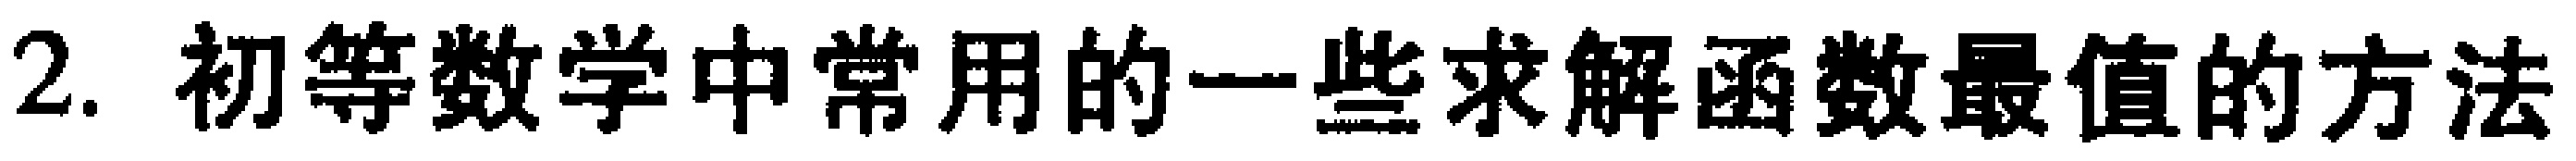
2. 初等数学中常用的一些求解函数最值的方法